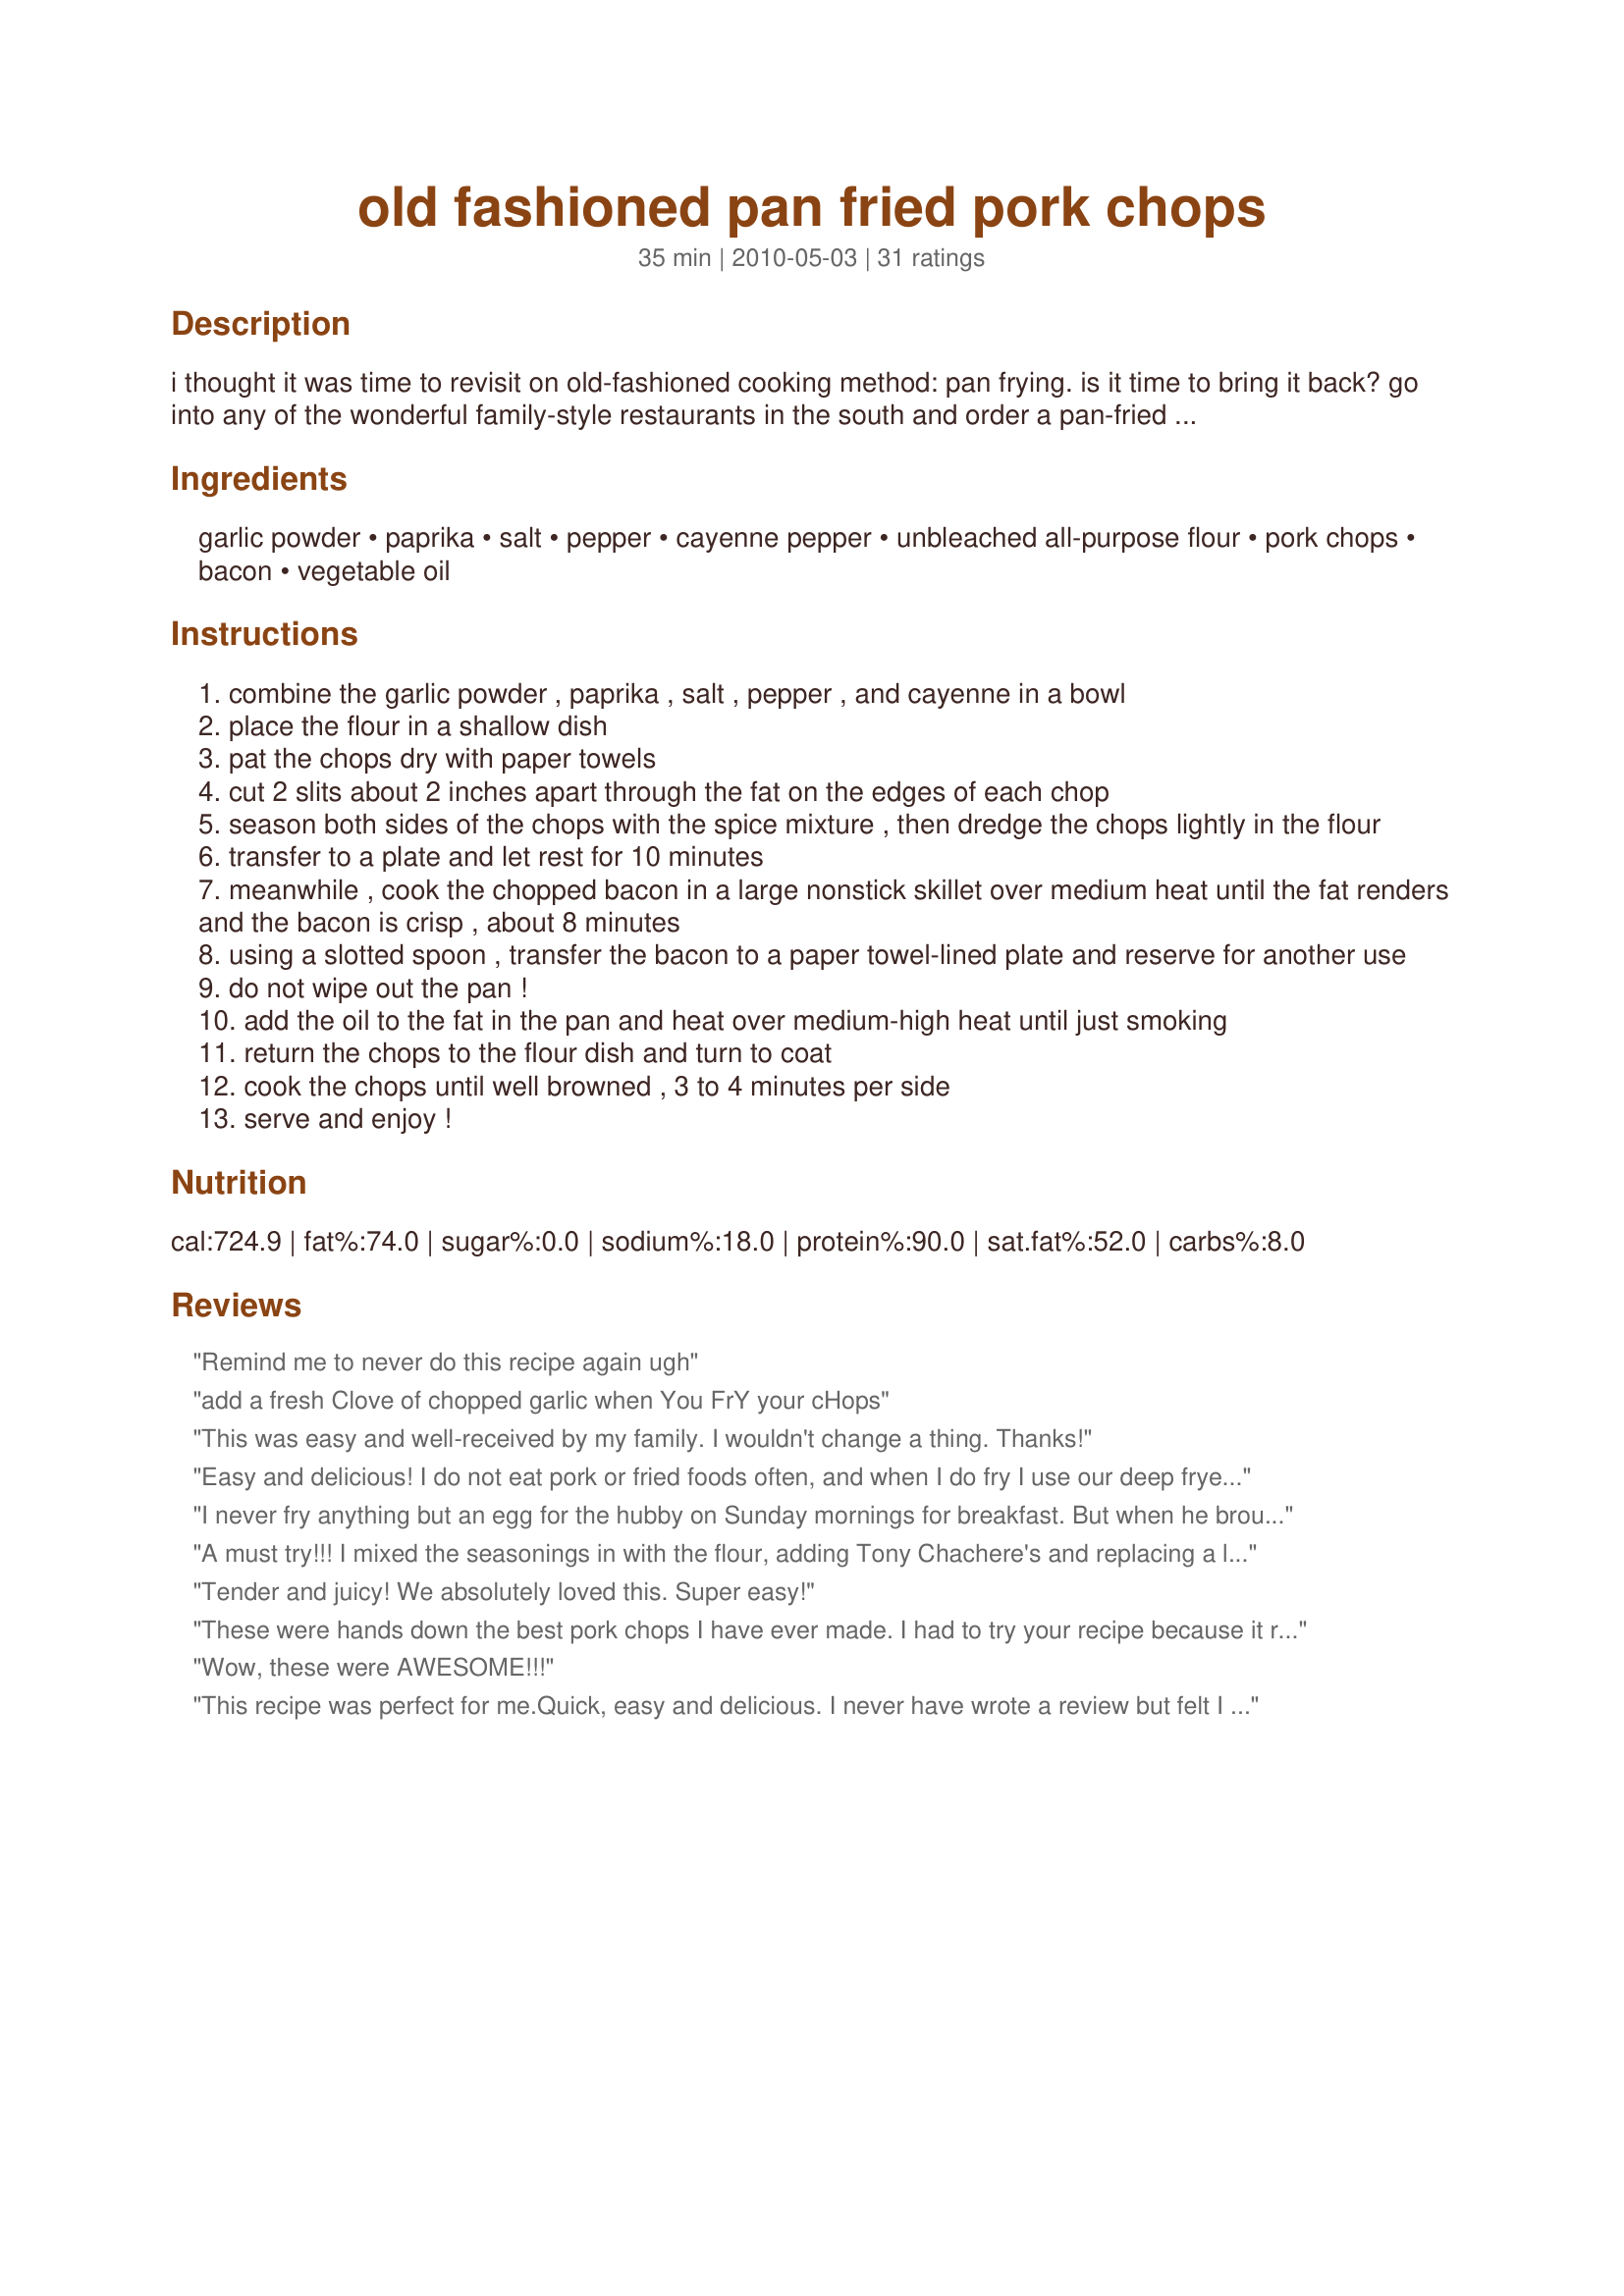
old fashioned pan fried pork chops
Preparation time: 35 minutes

i thought it was time to revisit on old-fashioned cooking method: pan frying. is it time to bring it back? go into any of the wonderful family-style restaurants in the south and order a pan-fried pork chop, and you are served a thing of beauty. for some reason, this no-fuss, easy method has fallen out of favor with home cooks (maybe because most recipes are so vague..."season pork chop, cook in frying oil until done".) follow my instructions and you will yield a beautifully browned, moist chop...serve with macaroni & cheese and some greens, and you will have a fast, old-fashioned weeknight supper.:)

Ingredients:
garlic powder, paprika, salt, pepper, cayenne pepper, unbleached all-purpose flour, pork chops, bacon, vegetable oil

Steps:
combine the garlic powder , paprika , salt , pepper , and cayenne in a bowl
place the flour in a shallow dish
pat the chops dry with paper towels
cut 2 slits about 2 inches apart through the fat on the edges of each chop
season both sides of the chops with the spice mixture , then dredge the chops lightly in the flour
transfer to a plate and let rest for 10 minutes
meanwhile , cook the chopped bacon in a large nonstick skillet over medium heat until the fat renders and the bacon is crisp , about 8 minutes
using a slotted spoon , transfer the bacon to a paper towel-lined plate and reserve for another use
do not wipe out the pan !
add the oil to the fat in the pan and heat over medium-high heat until just smoking
return the chops to the flour dish and turn to coat
cook the chops until well browned , 3 to 4 minutes per side
serve and enjoy !

Reviews:
Remind me to never do this recipe again ugh
add a fresh Clove of chopped garlic when You FrY your cHops
This was easy and well-received by my family. I wouldn't change a thing. Thanks!
Easy and delicious! I do not eat pork or fried foods often, and when I do fry I use our deep fryer, but my husband and son asked for fried pork chops recently. Since I’d never fried them I searched for a quick recipe. This recipe was a hit. I only added a little extra garlic and onion powder. I fried 6 and they were devoured within half an hour by my guys! They aren’t even big guys! Laugh! Geesh!
I never fry anything but an egg for the hubby on Sunday mornings for breakfast. But when he brought home the most beautiful center cut pork chops today, all he could say was &quot;pan fried pork chops&quot;, over and over. The hubby knows this is my favorite place to come for recipes, so he actually came here and searched for recipes. When he found this one he said &quot;This is IT!&quot;&lt;br/&gt;I started with 4, 3/4 inch center cut chops. I made 2 double batches of the seasonings. I put one batch in the flour and used the other double batch to season the meat. Hubby and I both like well flavored meat and we love both paprika and cayenne. I used sea salt and fresh cracked black pepper. The garlic being doubled is a given. :) &lt;br/&gt;&lt;br/&gt;I put about 1/2 cup of vegetable oil into my electric skillet, as it is big enough to hold all the chops at once vs. my smaller iron skillet. And since I&#039;ve never fried a pork chop, it was going to make it easier to manage the temperature as well. I dredged each chop in the seasoned flour and placed it directly into the skillet, one at a time. I cooked each approx. 3 mins. on each side and then set on paper towels for another 8-10 mins. We are not gravy people (not to mention I felt guilty enough &quot;frying&quot; anything!), so we skipped the bacon/gravy steps, but who needed gravy? These chops were absolutely the best either of us had ever made or eaten. They were so juicy and so tender. I firmly believe the added spices into the flour and doubling them made these the hit they were for the both of us. Hubby couldn&#039;t stop raving about how good they really were and hasn&#039;t stopped patting himself on the back for being the &quot;genius&quot; who brought home the chops and found this recipe! Lol! It truly is a keeper recipe and I&#039;ll even make the &quot;sacrifice&quot; and fry a bit more often if it&#039;s this recipe! Thanks Alan!
A must try!!! I mixed the seasonings in with the flour, adding Tony Chachere's and replacing a little red pepper with ground black pepper. DELISH!
Tender and juicy! We absolutely loved this. Super easy!
These were hands down the best pork chops I have ever made. I had to try your recipe because it reminded me of the way my Grandma always made pork chops and chicken. Who knew what a difference it makes to let the pork sit for 10 minutes after dredging it in the flour mixture then dredging it again before cooking it. I did change a couple minor things like others I added the seasoning to the flour but I doubled the seasonings as we tend to like a lot of seasonings. The other thing I did instead of cooking bacon I used some bacon grease that I had stored in the freezer. Thanks for sharing such a great recipe :-)
Wow, these were AWESOME!!!
This recipe was perfect for me.Quick, easy and delicious. I never have wrote a review but felt I had too for this one. My wife who is super picky loved them too. Followed the recipe exactly made no changes.
Excellent!! I have been searching for years in the hopes of finding a delicious (and simple) recipe for fried pork chops, and truthfully, without any hesitation, I can say that this one is really great. My search is over!
11/30/18 Tried this recipe for first time! My family loved it. I can never fry a chop without it being leather tough, but I followed this recipe to the letter and they were delicious! THANKS! !
Just terrific! First time in years that I've gotten pork chops "right".<br/><br/>Son said his chop was just about the best he's ever tasted. Thanks for posting this recipe, Alan.
Review-- amazing recipe! My very picky daughter absolutely loved them! I followed the recipe, but had to make more of the spice rub! I used a large pack of thin porkchops and ran out of the spice mix. I would suggest doubling it if your making a large family sized pack of porkchops.
I made these tonight for dinner! Delicious! Very tender, great flavor too! I added onion powder and a pinch of dried rosemary to the rub. Made mashed potatoes, gravy and mixed vegetables with green beans! Thank you!
Thanks! I was looking for pan-fried pork chops the way my grand-mother used to make them, and this was it! They were delicious, and even better?? It was fast! I made scalloped potatoes in the oven (recipe from the 1974 Joy of Cooking cookbook--yum, can't go wrong with any recipe from the newlywed's Bible, lol), but after all that prep, I wanted something simple for the meat. Your pan-fried pork chop recipe fit the bill --they were moist, tasty, tender. I'll definitely do this one again! P.S. I didn't have bacon, so left it out, but still really good!
followed this recipe to the T and holy moly my husband devoured it. LOVED IT!!!
The spice combination in this recipe is perfect. I had a 1 pound pork tenderloin that I sliced into about 1 inch thick steaks and that worked out perfect. Missed the flavor the bone adds but still a great flavor. We don't fry food very often, but when we do, we appreciate a great recipe and this one will be repeated at some point. Great southern comfort at its finest. thanks for sharing.
I hunted and hunted for a pork chop recipe like this. I kept searching for &quot;crispy&quot; or &quot;extra crispy&quot; pork chops and I kept getting batter coated types that nearly slip off. I seasoned both the meat and the flour like some others and I added a little smoke salt and a few other seasonings. Please know I used 1&quot; thick center cuts so they were thick enough to well season. I&#039;m just so glad to have this great recipe next time there is a great pork chop sale.
Chops came out super moist. Followed recipe exactly and almost everyone loved it (a little spicy for my 3 year old ). Will definitely make again. Should've served with a creamy potato instead of roasted ones...
Wow, I followed this recipe as written. Perfect turn out. I'll never be afraid of 1 inch pork chops again.
Perfection!!! Exactly what I was imagining, then better! Wish u posted it sooner! Please post more of your great recipes like this... old fashion, tasty,
Would deffinatly say you need to revaluate the cooking time. Deffinatly took 20 min just to cook two in skillet. Did exactly as you instructed.
Good thing to revisit pan-frying. As a farmer, this it the epitome of good ol' cooking. In moderation, this meal is wonderful! All aspects fell together, and I followed this exactly as written. There is no need to change anything, perfect seasoning, perfect timing on cooking, all which produced a truly succulent chop that was a joy to devour. Thanks for posting, this was a true treat from the past. And looking ahead in the future. Used my old iron skillet. Just wiped clean and I was done.
Absolutely delish! So easy you can make this in a snap on a week night.
A good case for pan-frying! Center-cut pork loin chops are prone to dryness, but the 1/2 cup of vegetable oil with the bacon fat took care of that! These were well-seasoned, and prompted me to serve DH a &quot;man&#039;s meal&quot; with mashed potatoes and succotash. DH was in heaven, and I gnawed all the remaining meat off my chop! Made for I Recommend tag game based on the recommendation of ~Nimz~.
Great taste and so juicy. I followed recipe except I used center cut chops... leftover bacon is easy breakfast tomorrow!
WTF! I&#039;m in no way a professional cook, but I&#039;ve been cooking for 40 years plus... The recipe itself should have been a clue. I should have know better than waisting my good pork on this mess. I am so pissed at myself for destoring amazing cuts of meat on this trash! The dredge is screwed up because it does not stick to the meat. You have to dredge dry, wet, dry before it will stick to the meat. Epic fail!!!!!
Oh my goodness! Absolutely amazing. I used garlic pepper instead of garlic and pepper, I also added the seasonings to the flour. Everyone is going for seconds.
I have never pan fried a pork chop, but OMG! I could eat this everyday. I followed the recipe above, but added the same seasoning to the flour. Double dredging in flour definitely makes the pork chop crispier, and no flour came off during the frying process. This chop was very moist and tender all the way to the bone. My bone-in pork chops were a little over 1&quot;, and oh boy...I will definitely by that size again.
Love this recipe. I also add the same seasoning to the flour. Other than that it's a delicious easy recipe.
